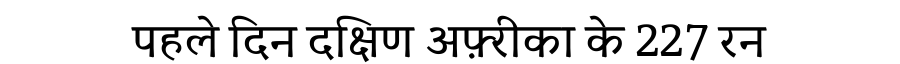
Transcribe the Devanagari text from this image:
पहले दिन दक्षिण अफ़्रीका के 227 रन